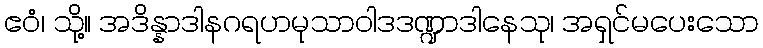
ဧဝံ၊ သို့။ အဒိန္နာဒါနဂရဟမုသာဝါဒဒဏ္ဍာဒါနေသု၊ အရှင်မပေးသော